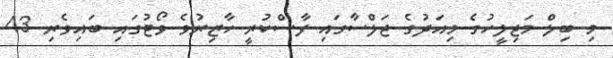
މި ބިލް މަޖިލީހުގެ މިއަދުގެ ޖަލްސާގައި ފާސްކުރީ ހާޒިރުވެ ވޯޓުގައި ބައިވެރި 43